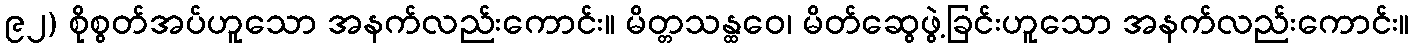
၉၂) စိုစွတ်အပ်ဟူသော အနက်လည်းကောင်း။ မိတ္တသန္ထဝေ၊ မိတ်ဆွေဖွဲ့ခြင်းဟူသော အနက်လည်းကောင်း။